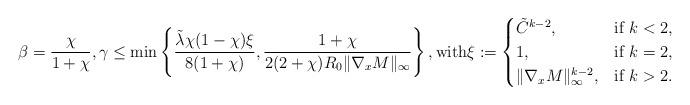
LaTeX: \begin{align*}\beta = \frac{\chi}{1+ \chi}, \gamma \leq \min \left \{ \frac{\tilde{\lambda}\chi(1-\chi)\xi}{8(1+\chi)} , \frac{1+\chi}{2(2+\chi)R_0 \|\nabla_x M\|_\infty} \right \}, \mbox{with} \xi:=\begin{cases}\tilde C^{k-2}, &\mbox{if } k<2,\\ 1, &\mbox{if } k=2, \\\|\nabla_x M\|_\infty^{k-2}, &\mbox{if } k>2.\end{cases}\end{align*}